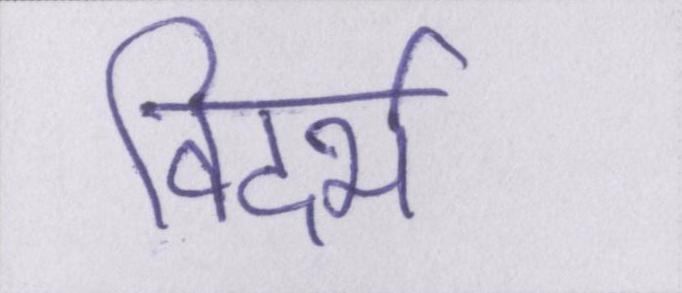
विदर्भ